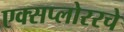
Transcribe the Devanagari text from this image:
एक्सप्लोररचे